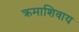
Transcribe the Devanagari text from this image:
क्रमाशिवाय